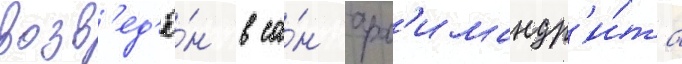
возв'ед'ё́н в са́н арх'имандр'и́та